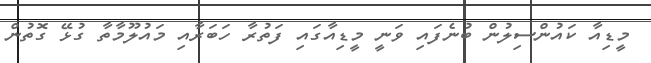
މީޑިއާ ކައުންސިލުން ބުނެފައި ވަނީ މީޑިއާގައި ފަތުރާ ހަބަރާއި މައުލޫމާތާ ގުޅޭ ގޮތުން